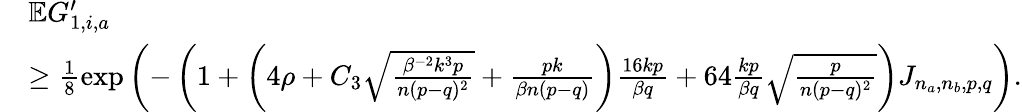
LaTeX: \begin{array}{rl}&{\mathbb{E}G_{1,i,a}^{\prime}}\\ &{\geq\frac{1}{8}\exp\left(-\left(1+\left(4\rho+C_{3}\sqrt{\frac{\beta^{-2}k^{3}p}{n(p-q)^{2}}}+\frac{pk}{\beta n(p-q)}\right)\frac{16kp}{\beta q}+64\frac{kp}{\beta q}\sqrt{\frac{p}{n(p-q)^{2}}}\right)J_{n_{a},n_{b},p,q}\right).}\end{array}